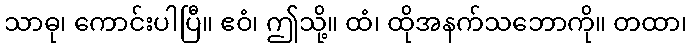
သာဓု၊ ကောင်းပါပြီ။ ဧဝံ၊ ဤသို့။ ထံ၊ ထိုအနက်သဘောကို။ တထာ၊